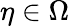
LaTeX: \eta\in\Omega